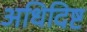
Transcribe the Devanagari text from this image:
अधिदिष्ट